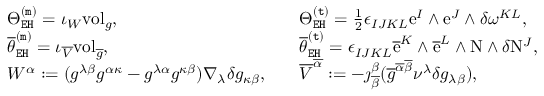
\begin{array} { r l r l } & { \Theta _ { \mathtt { E H } } ^ { \mathtt { ( m ) } } = \iota _ { W } \mathrm { v o l } _ { g } , } & & { \Theta _ { \mathtt { E H } } ^ { \mathtt { ( t ) } } = \frac { 1 } { 2 } \epsilon _ { I J K L } \mathrm { e } ^ { I } \wedge \mathrm { e } ^ { J } \wedge \delta \omega ^ { K L } , } \\ & { \overline { { \theta } } _ { \mathtt { E H } } ^ { \mathtt { ( m ) } } = \iota _ { \overline { { V } } } \mathrm { v o l } _ { \overline { { g } } } , } & & { \overline { { \theta } } _ { \mathtt { E H } } ^ { \mathtt { ( t ) } } = \epsilon _ { I J K L } \overline { { \mathrm { e } } } ^ { K } \wedge \overline { { \mathrm { e } } } ^ { L } \wedge \mathrm { N } \wedge \delta \mathrm { N } ^ { J } , } \\ & { W ^ { \alpha } : = ( g ^ { \lambda \beta } g ^ { \alpha \kappa } - g ^ { \lambda \alpha } g ^ { \kappa \beta } ) \nabla _ { \lambda } \delta g _ { \kappa \beta } , } & & { \overline { { V } } ^ { \overline { { \alpha } } } : = - \jmath _ { \overline { { \beta } } } ^ { \beta } ( \overline { { g } } ^ { \overline { { \alpha } } \overline { { \beta } } } \nu ^ { \lambda } \delta g _ { \lambda \beta } ) , } \end{array}